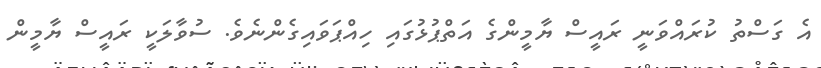
އެ ގަސްތު ކުރައްވަނީ ރައީސް ޔާމީންގެ އަތްޕުޅުގައި ހިއްޕަވައިގެންނެވެ. ސުވާލަކީ ރައީސް ޔާމީން